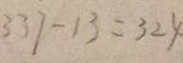
3 3 7 - 1 3 = 3 2 4